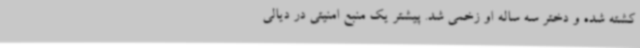
کشته شده و دختر سه ساله او زخمی شد. پیشتر یک منبع امنیتی در دیالی